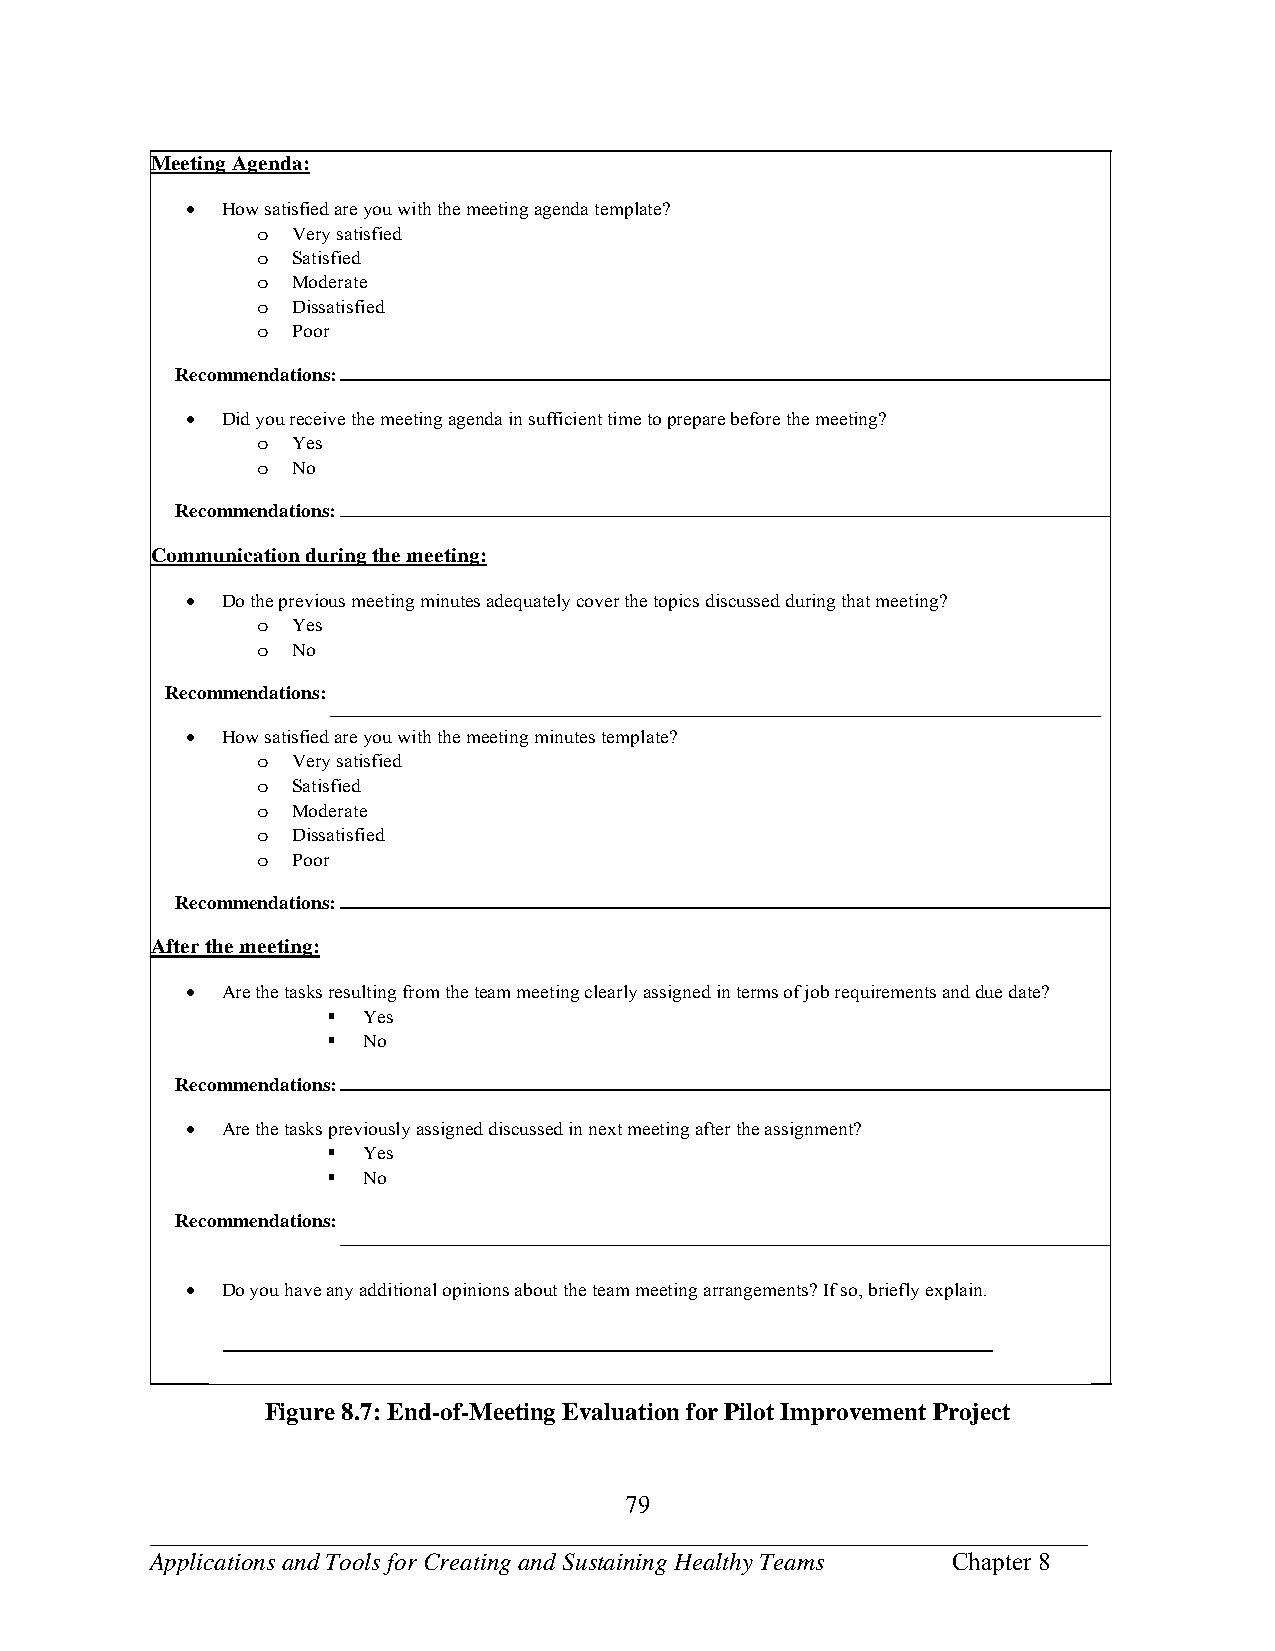
Meeting Agenda:
   How satisfied are you with the meeting agenda template?
 o Very satisfied
 o Satisfied
 o Moderate
 o Dissatisfied
 o Poor
 Recommendations:
   Did you receive the meeting agenda in sufficient time to prepare before the meeting?
 o Yes
 o No
 Recommendations:
 Communication during the meeting:
   Do the previous meeting minutes adequately cover the topics discussed during that meeting?
 o Yes
 o No
 Recommendations:
   How satisfied are you with the meeting minutes template?
 o Very satisfied
 o Satisfied
 o Moderate
 o Dissatisfied
 o Poor
 Recommendations:
 After the meeting:
   Are the tasks resulting from the team meeting clearly assigned in terms of job requirements and due date?
  Yes
  No
 Recommendations:
   Are the tasks previously assigned discussed in next meeting after the assignment?
  Yes
  No
 Recommendations:
   Do you have any additional opinions about the team meeting arrangements? If so, briefly explain.
 Figure 8.7: End-of-Meeting Evaluation for Pilot Improvement Project
 79
 ___________________________________________________________________________
 Applications and Tools for Creating and Sustaining Healthy Teams Chapter 8